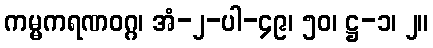
ကမ္မကရဏဝဂ္ဂ၊ အံ-၂-ပါ-၄၉၊ ၅၀၊ ဋ္ဌ-၁၊ ၂။